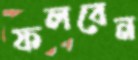
ফলবেন